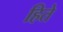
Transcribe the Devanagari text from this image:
हिते